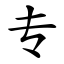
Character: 专